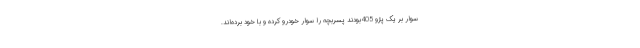
سوار بر یک پژو 405بودند پسربچه را سوار خودرو کرده و با خود برده‌اند.